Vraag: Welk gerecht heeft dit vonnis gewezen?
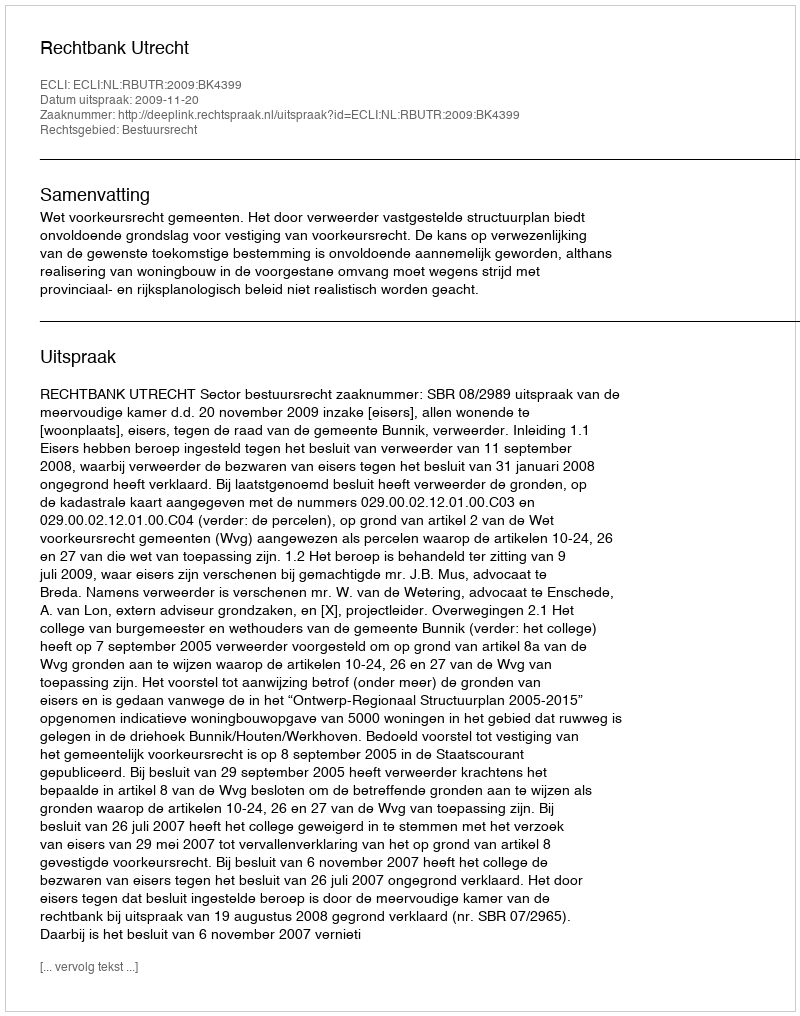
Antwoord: Rechtbank Utrecht